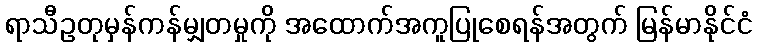
ရာသီဥတုမှန်ကန်မျှတမှုကို အထောက်အကူပြုစေရန်အတွက် မြန်မာနိုင်ငံ